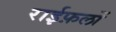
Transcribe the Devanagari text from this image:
राईफ़लों